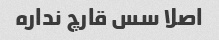
اصلا سس قارچ نداره